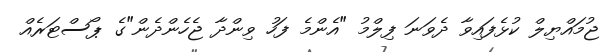
ޖުމައްޔިލް ކުޅެފައިވާ ދެވަނަ ފިލްމު "އެންމެ ފަހު ވިންދާ ޖެހެންދެން"ގެ ޕޯސްޓަރެއް